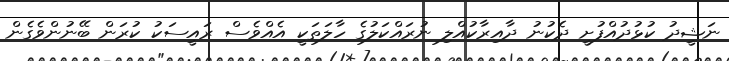
ނަޝީދު ކުޅުދުއްފުށީ ދެކުނު ދާއިރާކުއްލި ނުރައްކަލުގެ ހާލަތަކީ އެއްވެސް ރައީސަކު ކުރަން ބޭނުންވެގެން